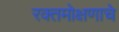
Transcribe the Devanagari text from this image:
रक्तमोक्षणाचे